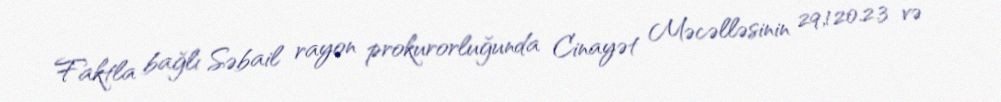
Faktla bağlı Səbail rayon prokurorluğunda Cinayət Məcəlləsinin 29,120.2.3 və